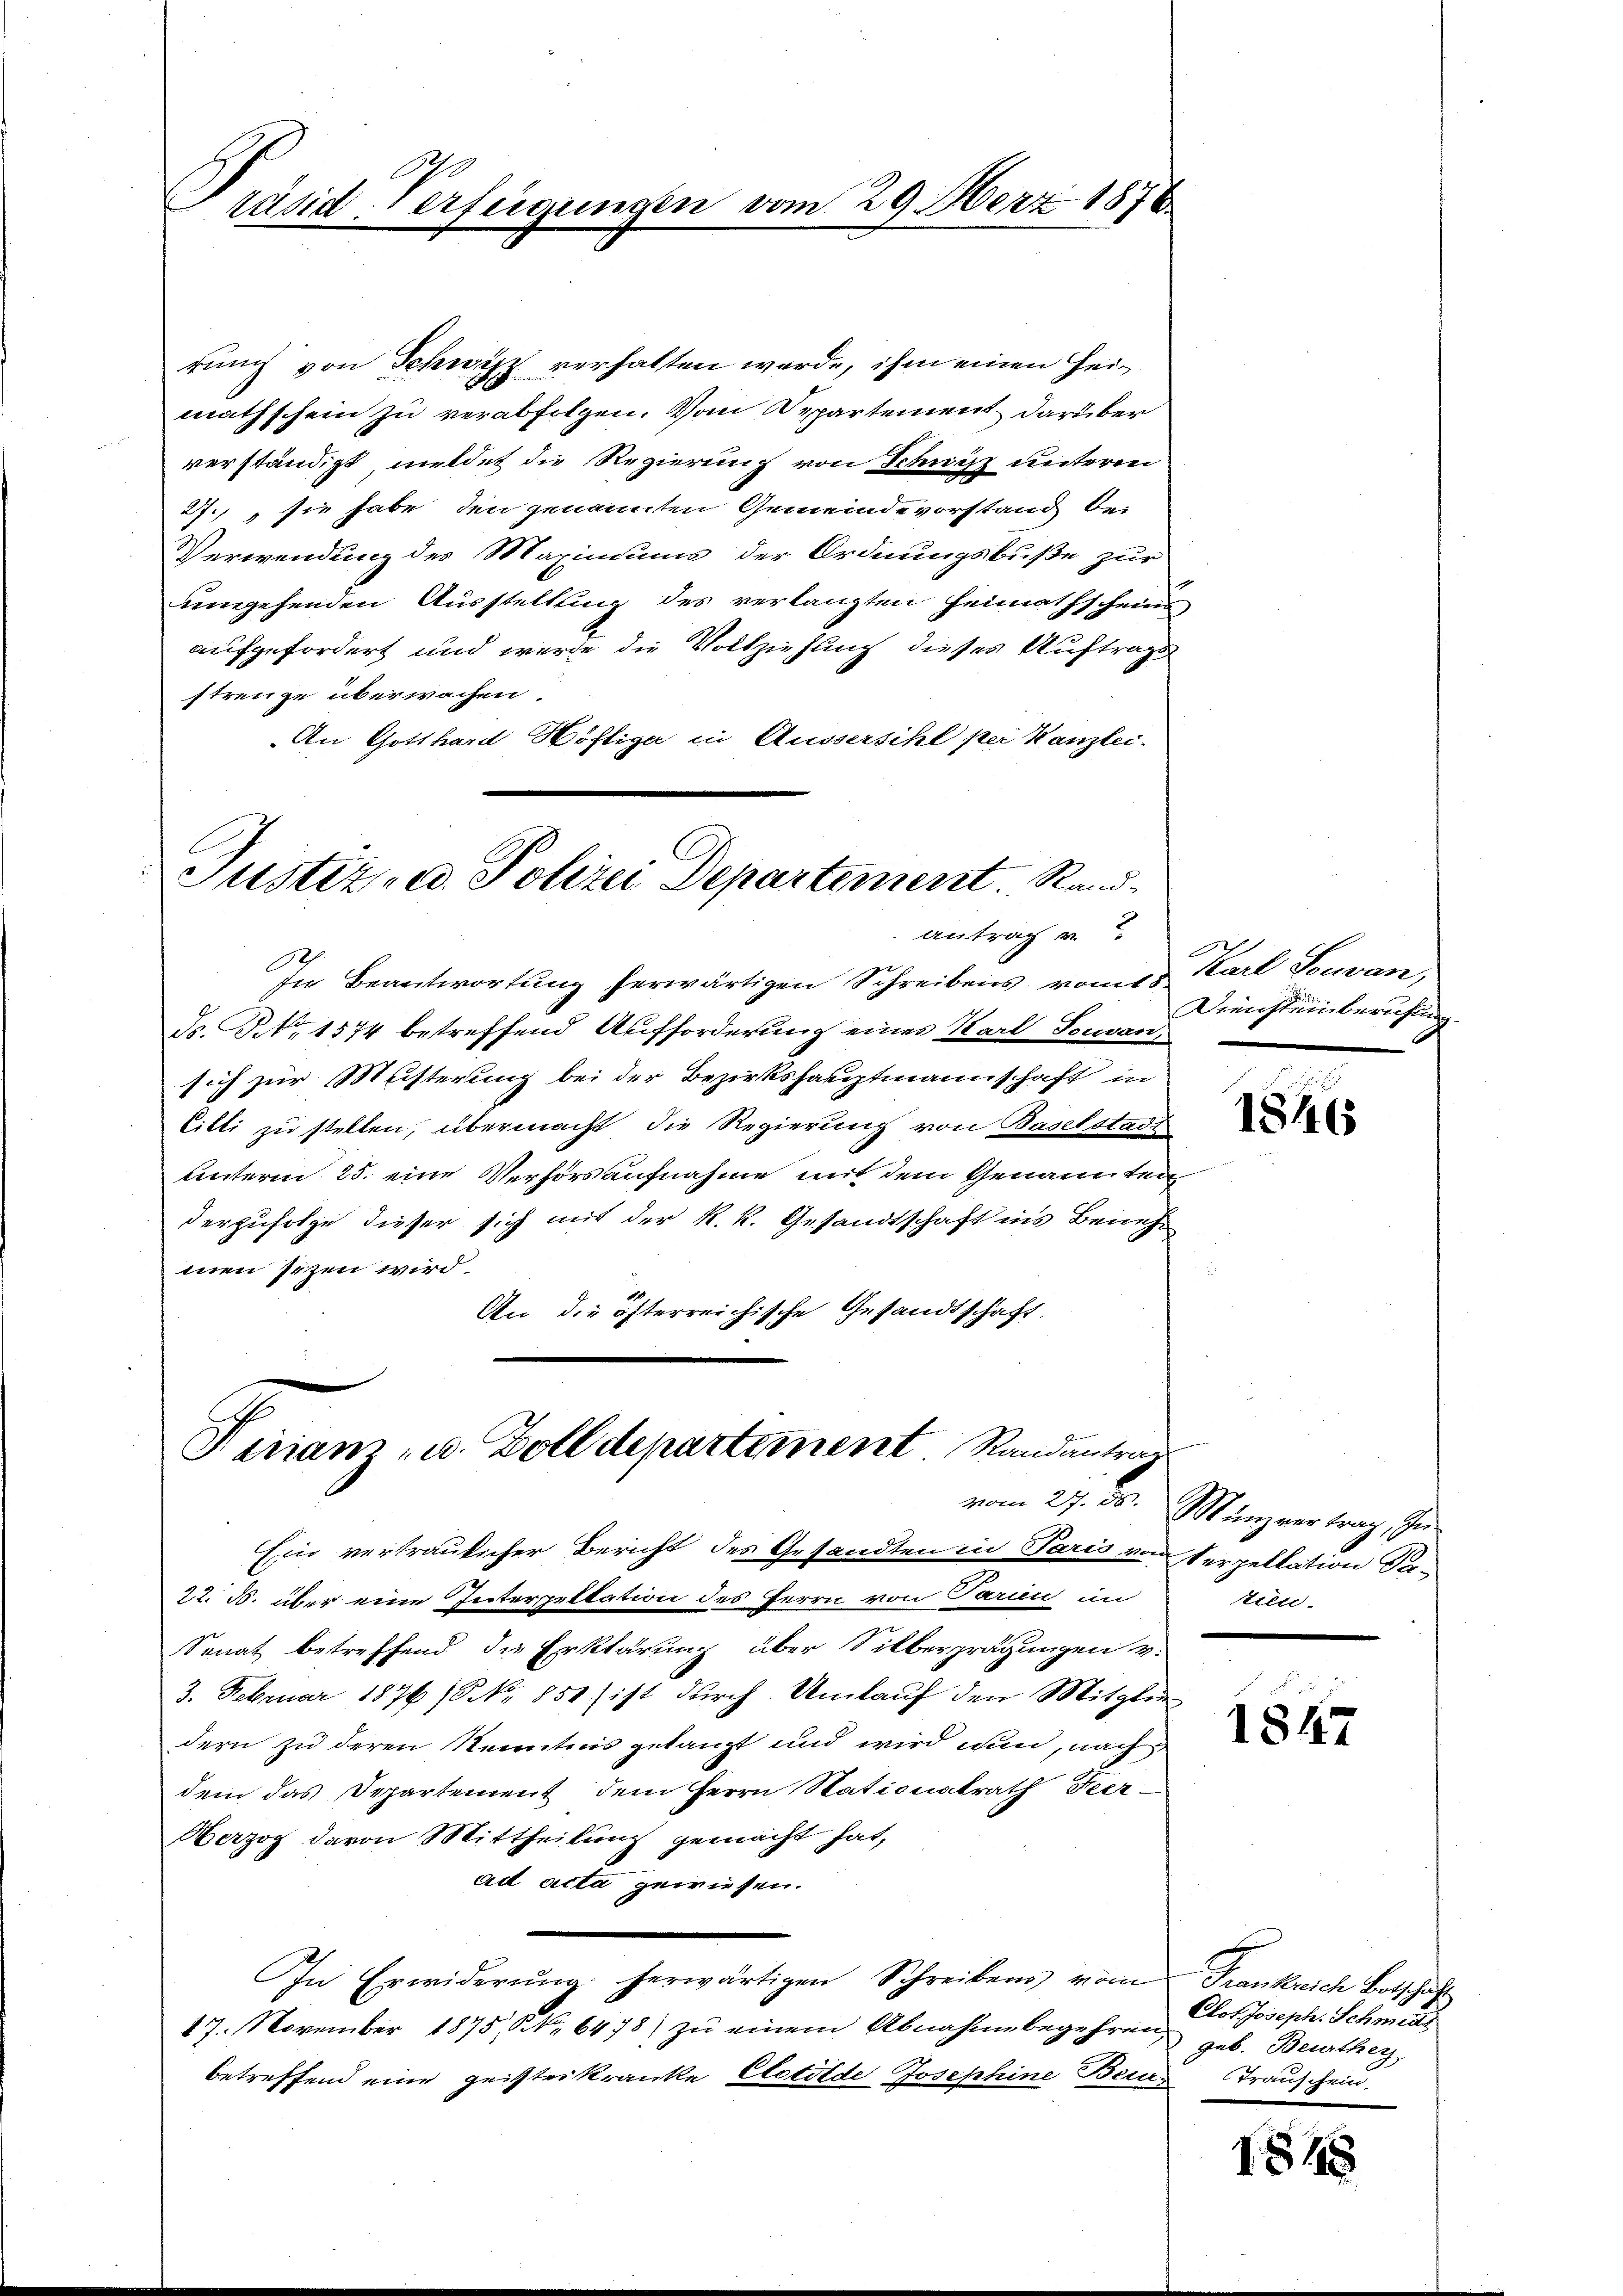
A
Präsiderfügungen vom 29. Merz 187

rung von Schwitz verhalten werde, ihm einen Heimathschein zu verabfolgen. Vom Departement darüber
verständigt, meldet die Regierung von Schwisz untere
27.) sie habe den genannten Gemeinde vorstand bei
Verwendung des Maximums der Ordnungsbuße zur
umgehenden Ausstellung des verlangten Heimathscheins
aufgefordert und werde die Vollziehung dieses Auftrags
strenge überwachen.
An Gotthard Wöfliga in Aussersihl per Kanzlei.

Justiz- u. Polizei Departement. Randantrag

In Beantwortung herwärtigen Schreibens vom Karl Souvan,
Fs. No. 1574 betreffend Aufforderung eines Karl Souvansich zur Musterung bei der Bezirkshauptmannschaft in
Eilti zu stellen, übermacht die Regierung von Baselstadt
unterm 25. eine Verhörsaufnahme mit dem Genannten
derzufolge dieser sich mit der k. k. Gesandtschaft ins Benehmen sizen wird.
An die österreichische Gesandtschaft.

Varian u. Zolldepartement Randantrag
vom 27. d.

Ein vertraulicher Bericht des Gesandten in Paris von Serpellation da¬
22. ds. über eine Interpellation des Herrn von Paren in
Senat betreffend die Erklärung über Silberprägungen v.
3. Februar 1876 / No 851) ist durch Umlauf den Mitglie-
dern zu deren Kenntnis getanzt und wird nun, nach
dem das Departement dem Herrn Stationalrath Feer¬
Herzog davon Mittheilung gemacht hat,
ad acta gewiesen.
In Erwiderŭng herwärtigen Schreibens vom Frankreich Botschaft
17. November 1875, S. 6478) zu einem Abnahme begehren,
betreffend eine geisterkranke Elotilde Josephine Bei Trauschein,

Diensteinberufung

18465

Minzvertrag, zu
pien.

1847

1548

Clot Joseph. Schmeis
geb. Beurthei